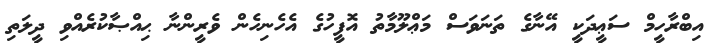
އިބްރާހީމް ސަޢީދަކީ އޭނާގެ ތަނަވަސް މަޢްލޫމާތު އޮފީހުގެ އެހެނިހެން ވެރީންނާ ޙިއްޞާކުރެއްވި ދީލަތި